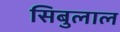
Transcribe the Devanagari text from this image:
सिबुलाल